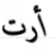
أرت